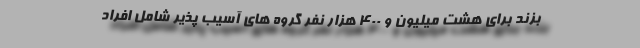
بزند برای هشت میلیون و ۴۰۰ هزار نفر گروه های آسیب پذیر شامل افراد